Leprosy in India: report of the Leprosy Commission in India, 1890-91
Year: 1890
Disease focus: Leprosy
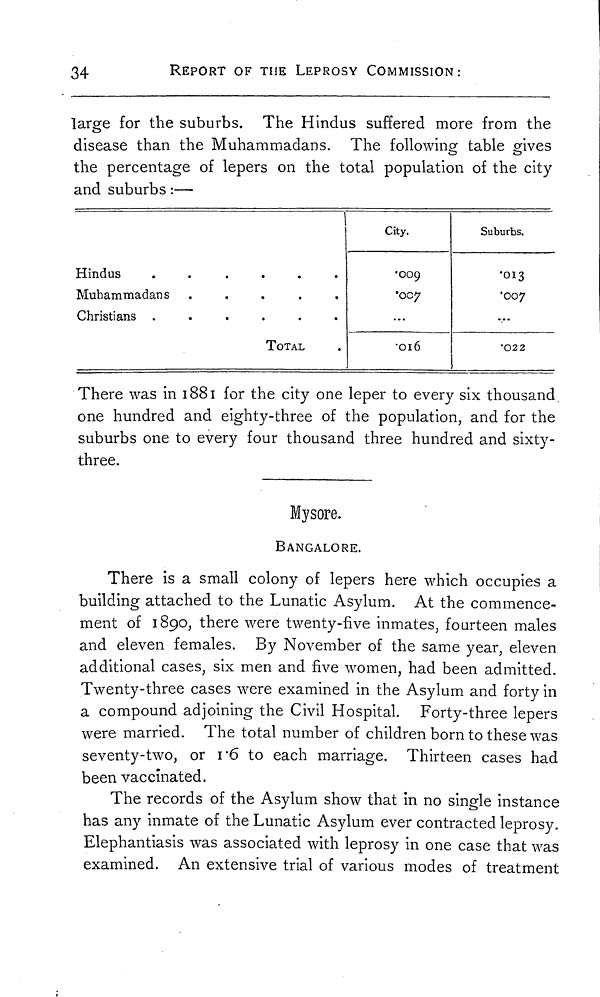
34
REPORT OF THE LEPROSY COMMISSION:
large for the suburbs. The Hindus suffered more from the
disease than the Muhammadans. The following table gives
the percentage of lepers on the total population of the city
and suburbs :—
H i n d u s
.
....
M u h a m m a d a n s
.....
C h r i s t i a n s
......
T O T A L
City.
•009
•007
...
•016
Suburbs.
•013
.007
...
•022
There was in 1881 for the city one leper to every six thousand
one hundred and eighty-three of the population, and for the
suburbs one to every four thousand three hundred and sixty-
three.
Mysore.
BANGALORE.
There is a small colony of lepers here which occupies a
building attached to the Lunatic Asylum. At the commence-
ment of 1890, there were twenty-five inmates, fourteen males
and eleven females. By November of the same year, eleven
additional cases, six men and five women, had been admitted.
Twenty-three cases were examined in the Asylum and forty in
a compound adjoining the Civil Hospital. Forty-three lepers
were married. The total number of children born to these was
seventy-two, or 1.6 to each marriage. Thirteen cases had
been vaccinated.
The records of the Asylum show that in no single instance
has any inmate of the Lunatic Asylum ever contracted leprosy.
Elephantiasis was associated with leprosy in one case that was
examined. An extensive trial of various modes of treatment